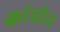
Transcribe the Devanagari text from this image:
कांचोन